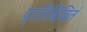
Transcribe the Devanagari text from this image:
प्रतिबिंबितं